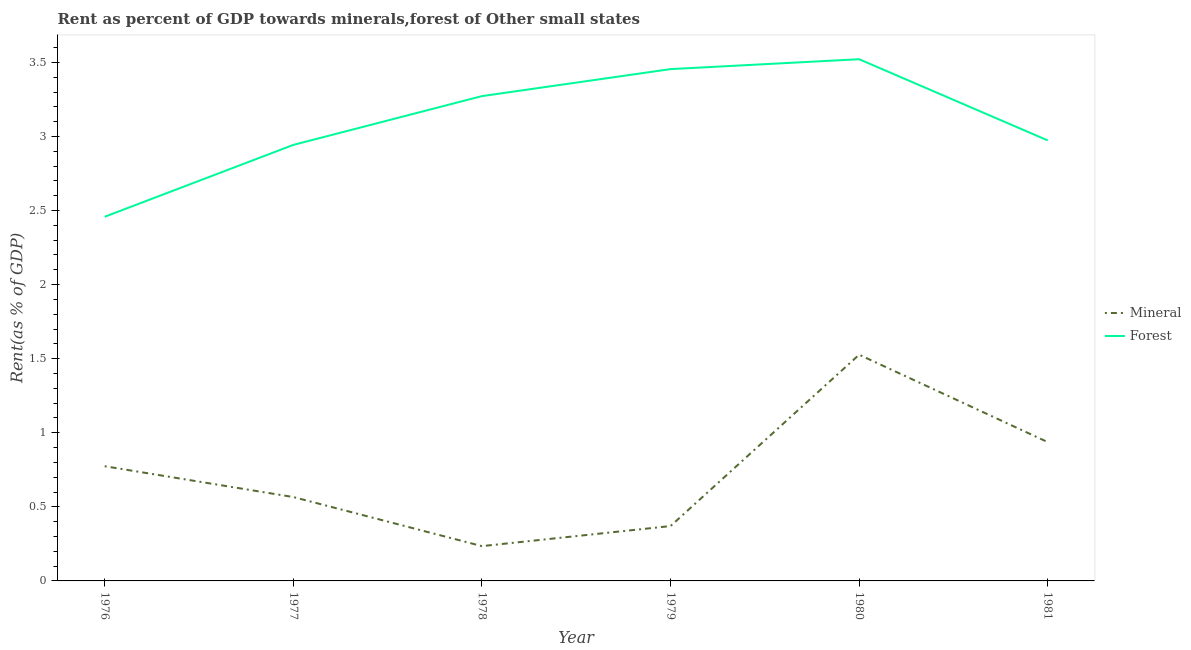
| Year | Mineral | Forest |
 | --- | --- | --- |
 | 1976 | 0.774 | 2.46 |
 | 1977 | 0.566 | 2.94 |
 | 1978 | 0.235 | 3.27 |
 | 1979 | 0.37 | 3.45 |
 | 1980 | 1.53 | 3.52 |
 | 1981 | 0.937 | 2.97 |